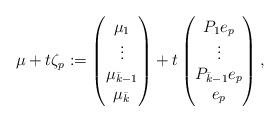
LaTeX: \begin{align*}\mu + t \zeta_p := \begin{pmatrix}\mu_1 \\ \vdots \\ \mu_{\bar k - 1} \\ \mu_{\bar k}\end{pmatrix} + t \begin{pmatrix}P_1e_p \\ \vdots \\ P_{\bar k - 1}e_p \\ e_p\end{pmatrix},\end{align*}